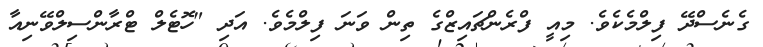
ގެނެސްދޭ ފިލްމެކެވެ. މިއީ ފްރެންޗައިޒްގެ ތިން ވަނަ ފިލްމެވެ. އަދި "ހޮޓެލް ޓްރާންސިލްވޭނިއާ